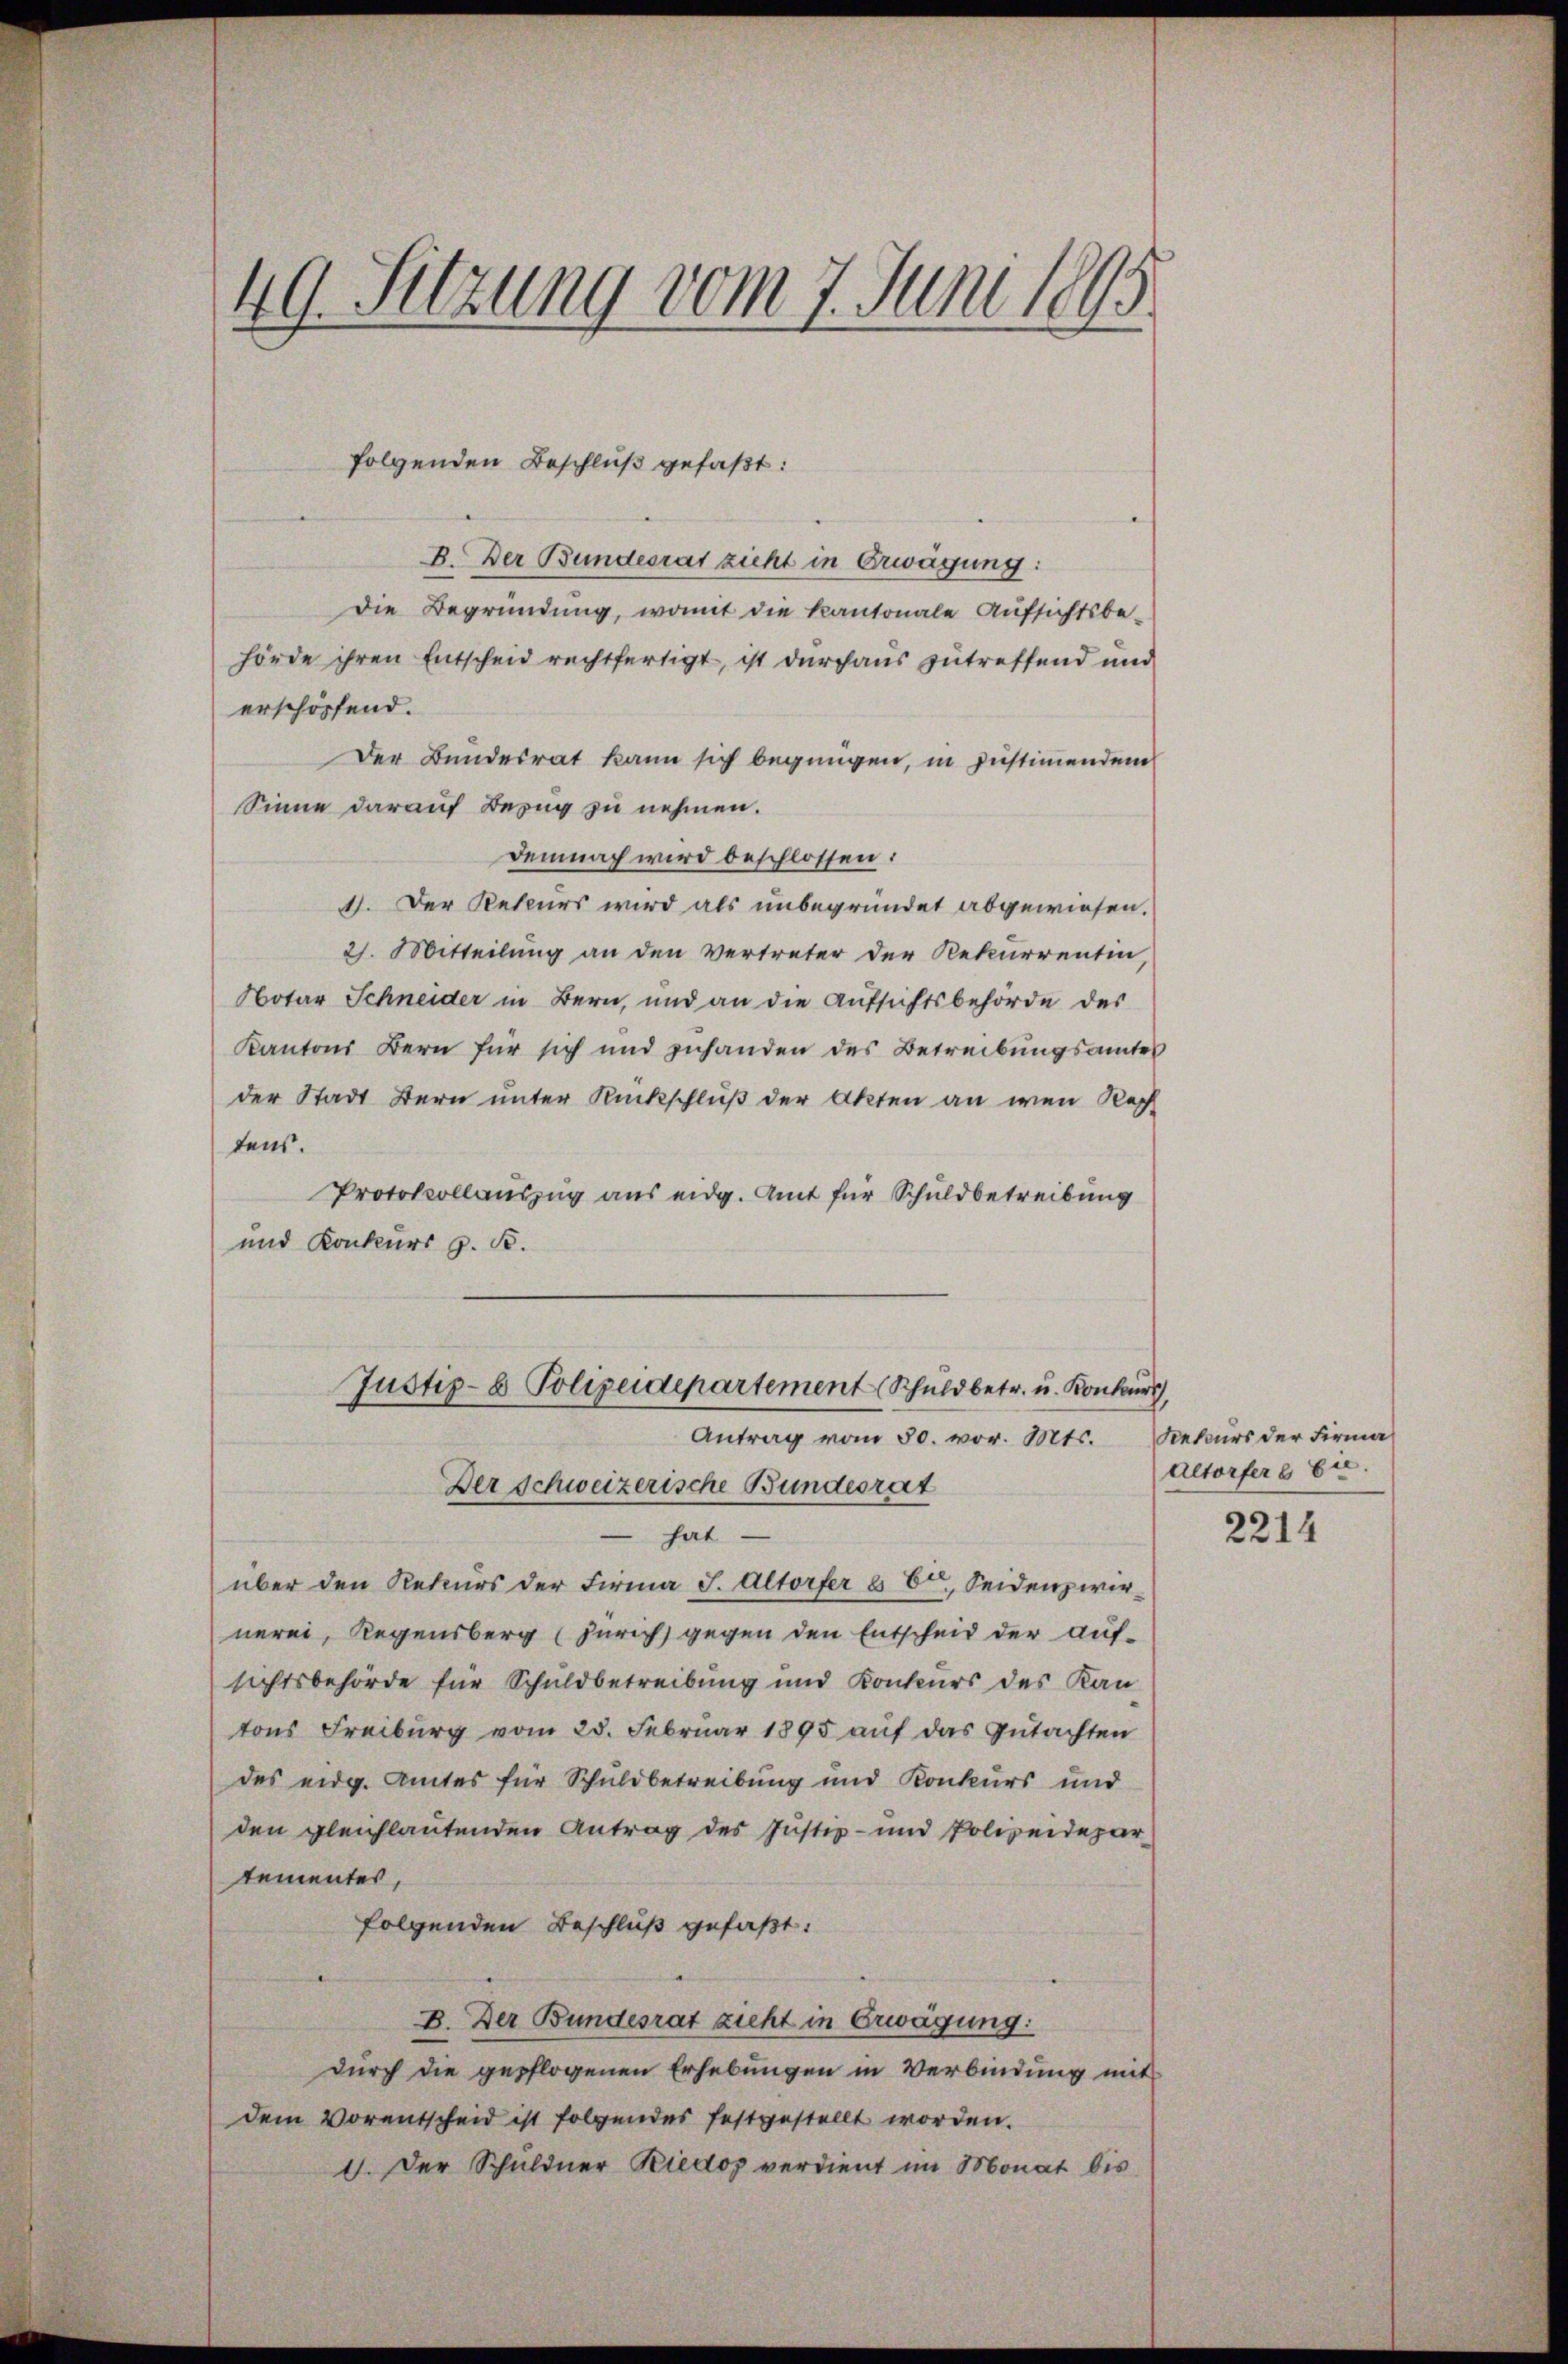
49. Sitzung vom 7. Juni 1895

B. Der Bundesrat zieht in Erwägung:
Die Begründung, womit die Kantonale Aufsichtsbe-
hörde ihren Entscheid rechtfertigt, ist durchaus zutreffend und
erschöpfend.
Der Bundesrat kann sich begnügen, in Justimenden
Sinne darauf Bezug zu nehmen.
demnach wird beschlossen:
1). Der Rekurs wird als unbegründet abgewiesen.
21. Mitteilung an den Vertreter der Rekurrentin,
Notar Schneider in Bern, und an die Aufsichtsbehörde des
Kantons Bern für sich und zuhanden des Betreibungsamtes
der Stadt Bern unter Rückschluß der Akten an wen Rech
tens.
Protokollauszug aus eidg. Amt für Schuldbetreibung
und Konkurs g. S.
Justiz- & Polizeidepartement (Schuldbetr. u. Konkurs,
Antrag vom 30. vor. Mts. Sekurs der Firma
Der schweizerische Bundesrat
 hat
über den Rekurs der Firma J. Altorfer § 6, Seidenzwirnerei, Regensberg (Zürich gegen den Entscheid der aufsichtsbehörde für Schuldbetreibung und Konkurs des Kan
tons Freiburg vom 23. Februar 1895 auf das Gutachten
des eidg. Amtes für Schuldbetreibung und Konkurs und
den gleichlautenden Antrag des Justiz- und Polizeidepar
tementes,
folgenden Beschluß gefaßt:
B. Der Bundesrat zieht in Erwägung:
durch die gepflogenen Erhebungen in Verbindung mit
dem Vorentscheid ist folgendes festgestellt worden.
I. Der Schuldner Riedos verdient im Monat bis

folgenden Beschluß gefaßt:

Altorfer § 64.

2214